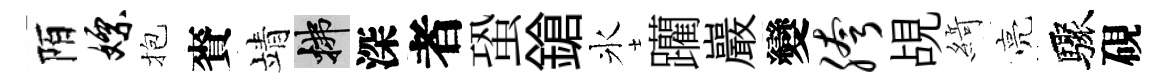
陌嫖抱賚靖拂深者蛩鎗氷躪巖變胯覘𦂶亮驟硯